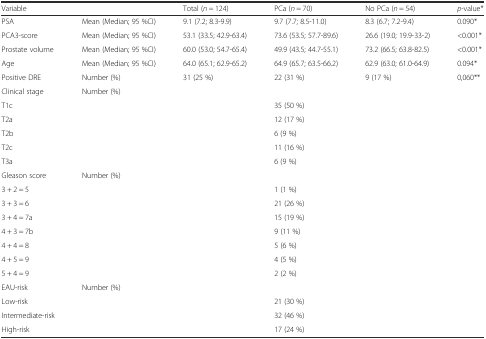
| Variable |  | Total (n = 124) | PCa (n = 70) | No PCa (n = 54) | p-value* |
 | --- | --- | --- | --- | --- | --- |
 | PSA | Mean (Median; 95 %CI) | 9.1 (7.2; 8.3-9.9) | 9.7 (7.7; 8.5-11.0) | 8.3 (6.7; 7.2-9.4) | 0.090* |
 | PCA3-score | Mean (Median; 95 %CI) | 53.1 (33.5; 42.9-63.4) | 73.6 (53.5; 57.7-89.6) | 26.6 (19.0; 19.9-33-2) | <0.001* |
 | Prostate volume | Mean (Median; 95 %CI) | 60.0 (53.0; 54.7-65.4) | 49.9 (43.5; 44.7-55.1) | 73.2 (66.5; 63.8-82.5) | <0.001* |
 | Age | Mean (Median; 95 %CI) | 64.0 (65.1; 62.9-65.2) | 64.9 (65.7; 63.5-66.2) | 62.9 (63.0; 61.0-64.9) | 0.094* |
 | Positive DRE | Number (%) | 31 (25 %) | 22 (31 %) | 9 (17 %) | 0,060** |
 | Clinical stage | Number (%) |  |  |  |  |
 | T1c |  |  | 35 (50 %) |  |  |
 | T2a |  |  | 12 (17 %) |  |  |
 | T2b |  |  | 6 (9 %) |  |  |
 | T2c |  |  | 11 (16 %) |  |  |
 | T3a |  |  | 6 (9 %) |  |  |
 | Gleason score | Number (%) |  |  |  |  |
 | 3 + 2 = 5 |  |  | 1 (1 %) |  |  |
 | 3 + 3 = 6 |  |  | 21 (26 %) |  |  |
 | 3 + 4 = 7a |  |  | 15 (19 %) |  |  |
 | 4 + 3 = 7b |  |  | 9 (11 %) |  |  |
 | 4 + 4 = 8 |  |  | 5 (6 %) |  |  |
 | 4 + 5 = 9 |  |  | 4 (5 %) |  |  |
 | 5 + 4 = 9 |  |  | 2 (2 %) |  |  |
 | EAU-risk | Number (%) |  |  |  |  |
 | Low-risk |  |  | 21 (30 %) |  |  |
 | Intermediate-risk |  |  | 32 (46 %) |  |  |
 | High-risk |  |  | 17 (24 %) |  |  |